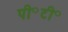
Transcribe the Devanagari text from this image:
पी॰टी॰